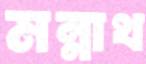
মন্নাথ